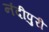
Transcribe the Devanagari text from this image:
नंदीपुरी